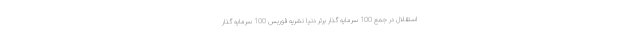
استقلال در جمع 100 سرمایه گذار برتر دنیا نشریه فوربس 100 سرمایه گذار